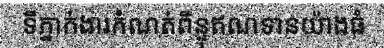
ទីភ្នាក់ងារកំណត់ពិន្ទុឥណទានយ៉ាងធំ